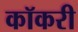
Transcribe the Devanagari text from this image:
कॉकरी